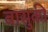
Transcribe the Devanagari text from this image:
बासुकी